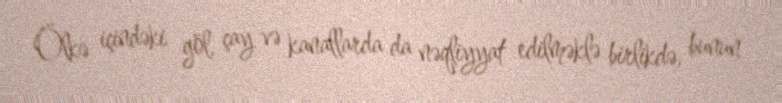
Ölkə içindəki göl, çay və kanallarda da nəqliyyat edilməklə birlikdə, bunun